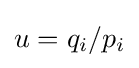
u=q_{i}/p_{i}